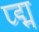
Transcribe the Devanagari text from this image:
प्द्म